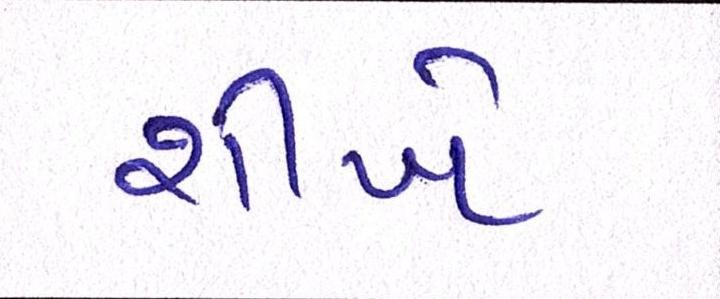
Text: શીખે